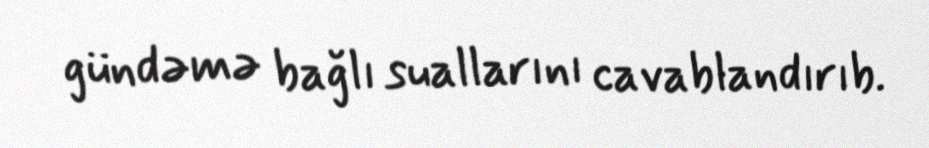
gündəmə bağlı suallarını cavablandırıb.